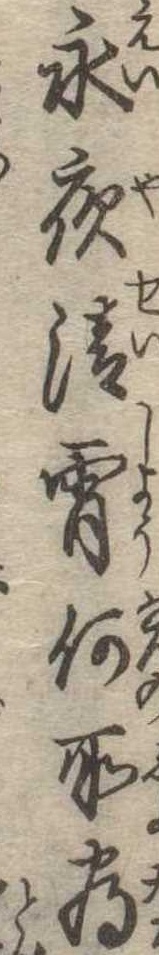
永夜清宵何所為